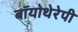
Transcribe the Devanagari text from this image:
बॉयोथेरेपी